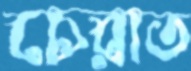
চেরাত